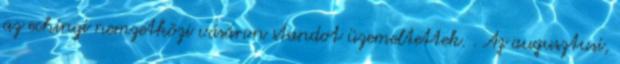
az echingi nemzetközi vásáron standot üzemeltettek. . Az augusztusi,